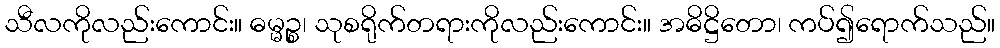
သီလကိုလည်းကောင်း။ ဓမ္မဉ္စ၊ သုစရိုက်တရားကိုလည်းကောင်း။ အဓိဋ္ဌိတော၊ ကပ်၍ရောက်သည်။